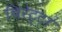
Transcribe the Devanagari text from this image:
चिरेट्टा